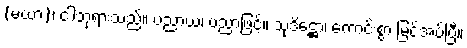
(မယာ)၊ ငါဘုရားသည်။ ပညာယ၊ ပညာဖြင့်။ သုဒိဋ္ဌော၊ ကောင်းစွာ မြင်အပ်ပြီ။